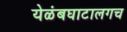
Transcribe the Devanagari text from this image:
येळंबघाटालगच